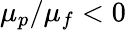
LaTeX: \mu_{p}/\mu_{f}<0